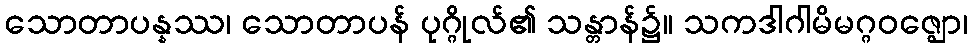
သောတာပန္နဿ၊ သောတာပန် ပုဂ္ဂိုလ်၏ သန္တာန်၌။ သကဒါဂါမိမဂ္ဂဝဇ္ဈော၊